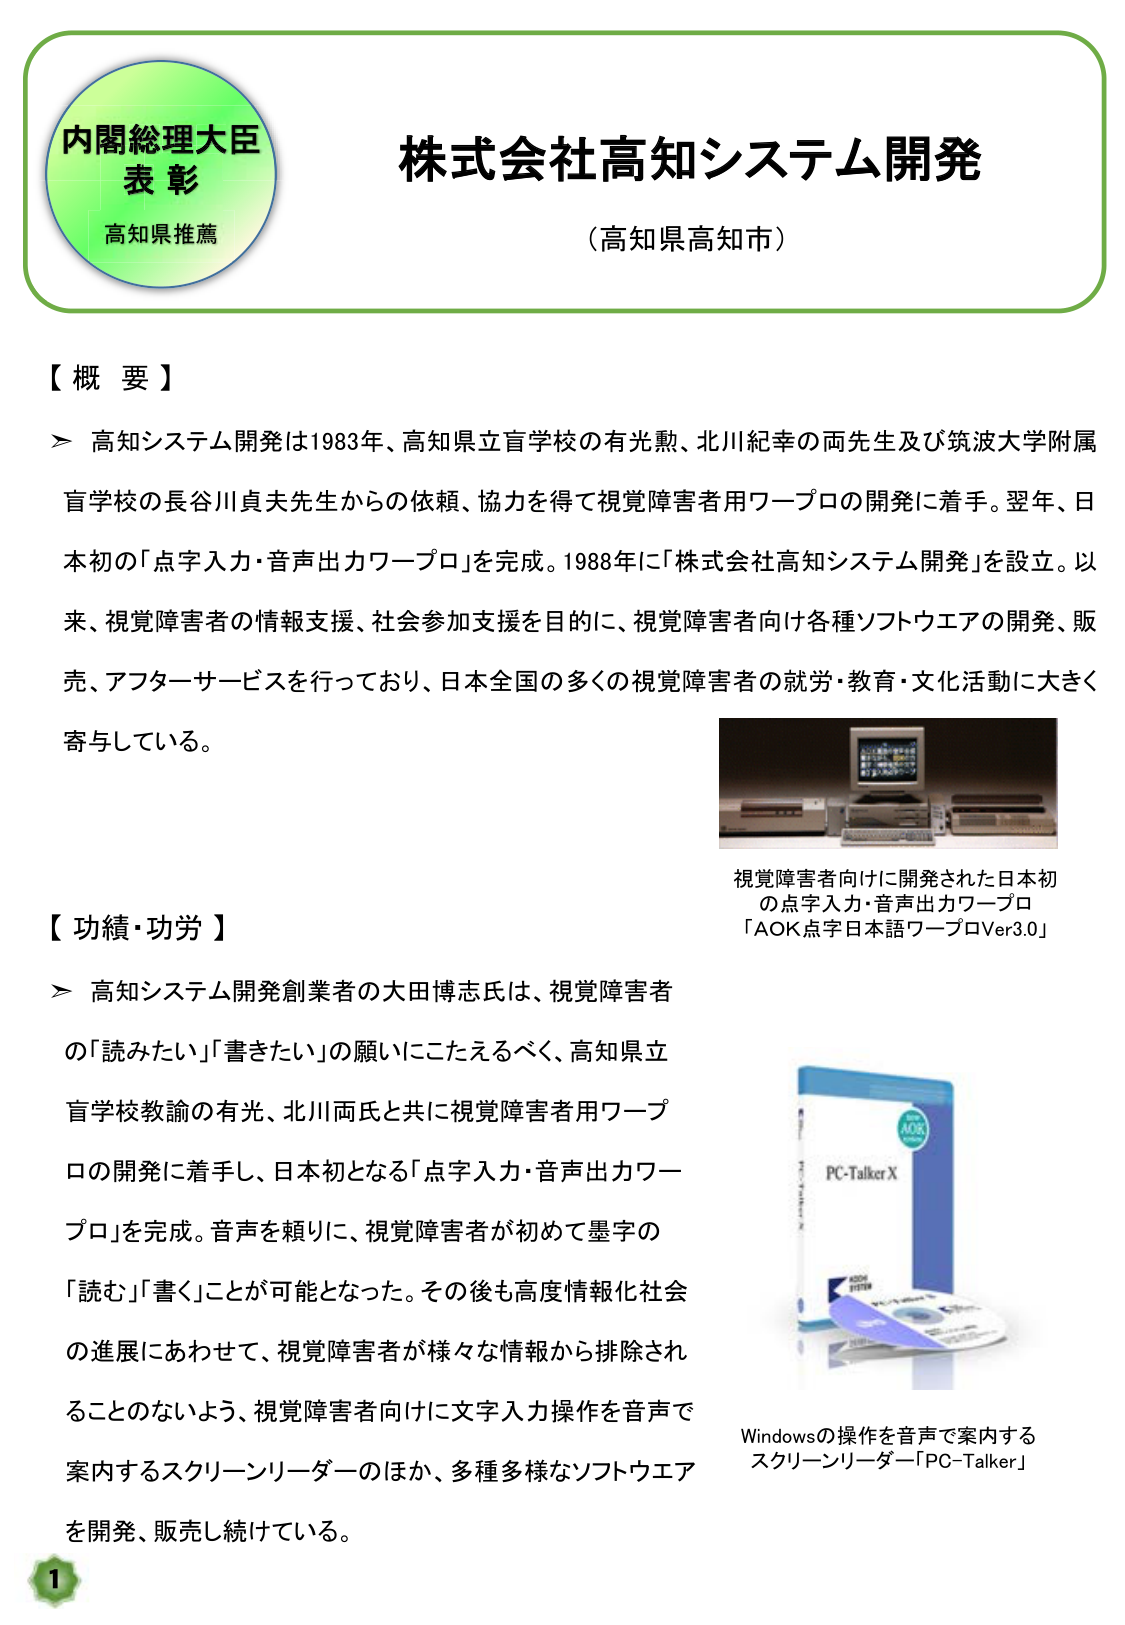
内閣総理大臣
表彰
高知県推薦

株式会社高知システム開発
（高知県高知市）

【概要】
➤ 高知システム開発は1983年、高知県立盲学校の有光勲、北川紀幸の両先生及び筑波大学附属盲学校の長谷川貞夫先生からの依頼、協力を得て視覚障害者用ワープロの開発に着手。翌年、日本初の「点字入力・音声出力ワープロ」を完成。1988年に「株式会社高知システム開発」を設立。以来、視覚障害者の情報支援、社会参加支援を目的に、視覚障害者向け各種ソフトウエアの開発、販売、アフターサービスを行っており、日本全国の多くの視覚障害者の就労・教育・文化活動に大きく寄与している。

視覚障害者向けに開発された日本初の点字入力・音声出力ワープロ
「AOK点字日本語ワープロVer3.0」

【功績・功労】
➤ 高知システム開発創業者の大田博志氏は、視覚障害者の「読みたい」「書きたい」の願いにこたえるべく、高知県立盲学校教諭の有光、北川両氏と共に視覚障害者用ワープロの開発に着手し、日本初となる「点字入力・音声出力ワープロ」を完成。音声を頼りに、視覚障害者が初めて墨字の「読む」「書く」ことが可能となった。その後も高度情報化社会の進展にあわせて、視覚障害者が様々な情報から排除されることのないよう、視覚障害者向けに文字入力操作を音声で案内するスクリーンリーダーのほか、多種多様なソフトウエアを開発、販売し続けている。

Windowsの操作を音声で案内するスクリーンリーダー「PC-Talker」

1